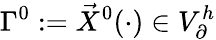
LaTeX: \Gamma^{0}:=\vec{X}^{0}(\cdot)\in V_{\partial}^{h}